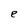
Character: e